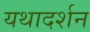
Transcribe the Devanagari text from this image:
यथादर्शन